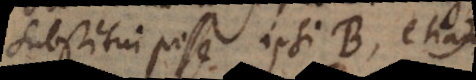
substitui posse ipsi B, etiam